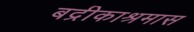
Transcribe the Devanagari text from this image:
बद्रीकाश्रमास